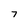
Character: 7